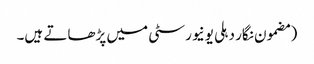
(مضمون نگار دہلی یونیورسٹی میں پڑھاتے ہیں۔